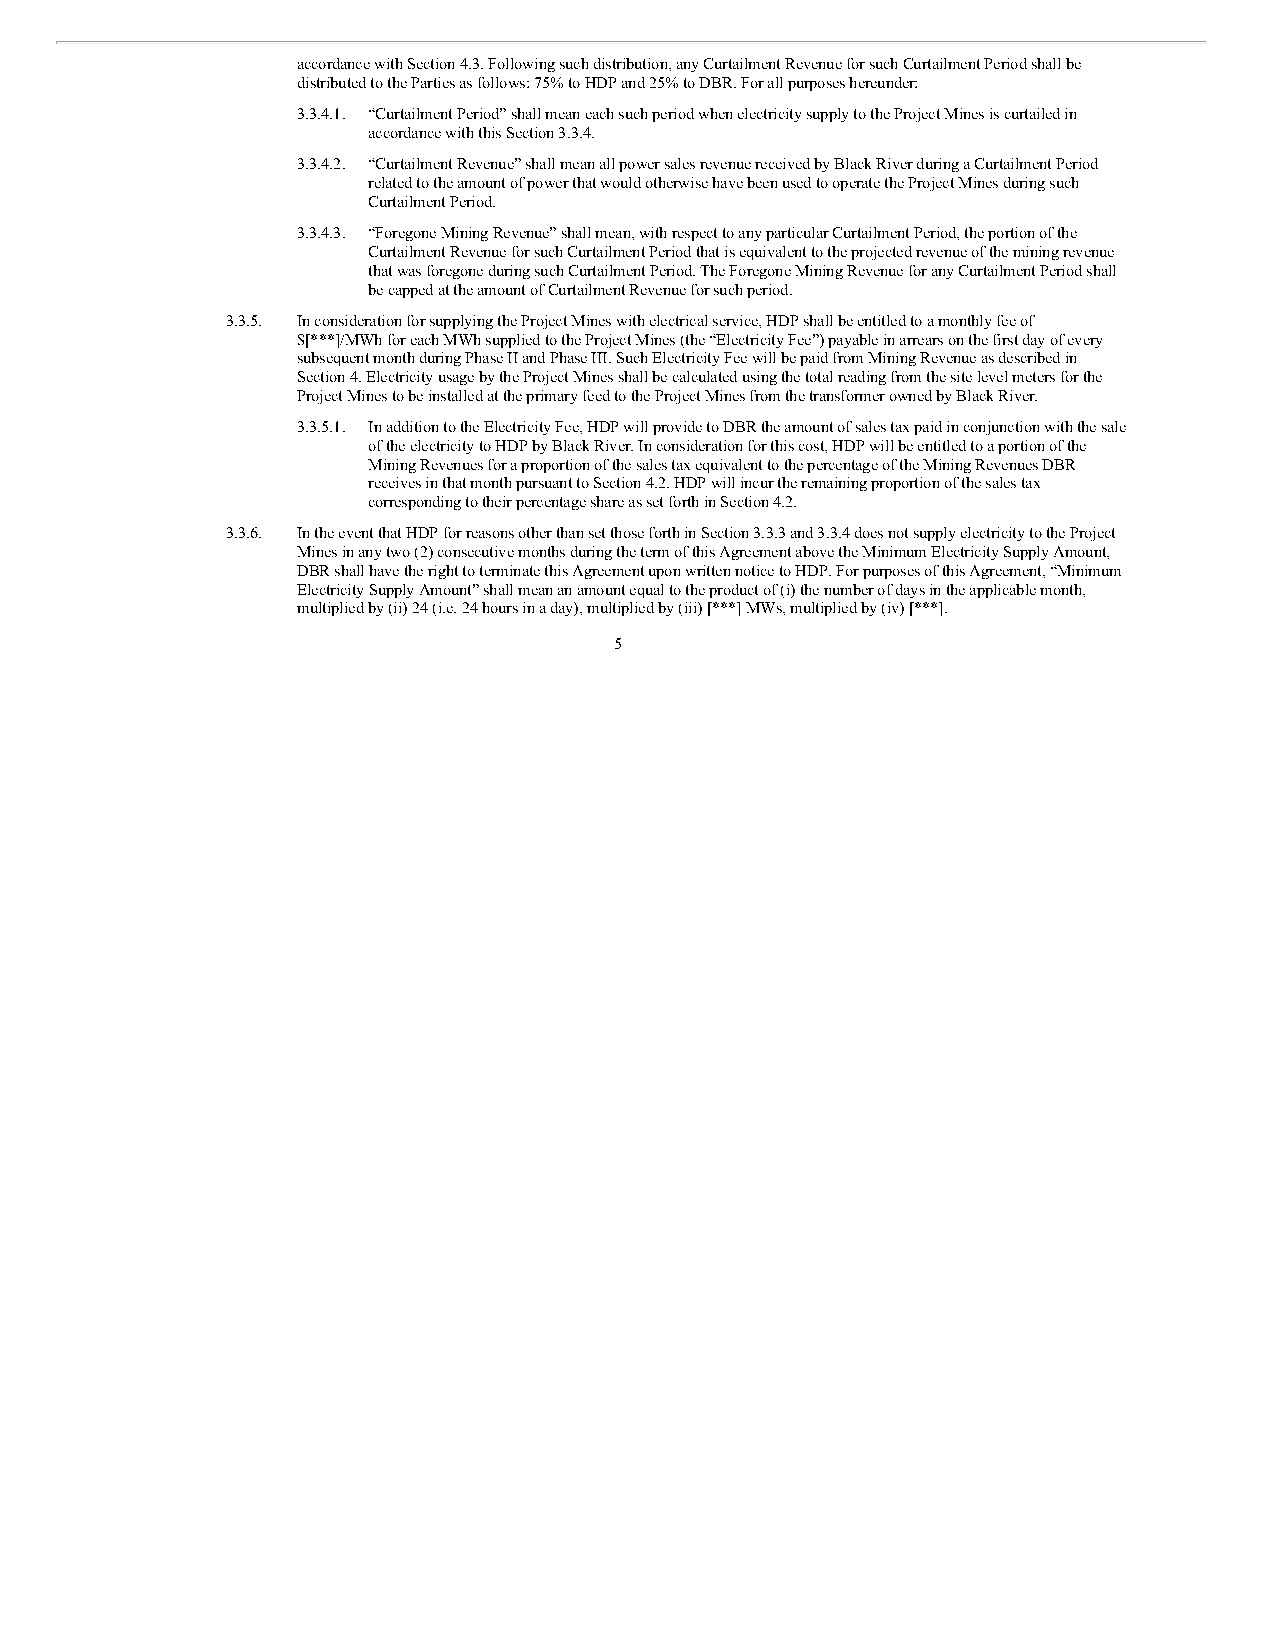
accordance with Section 4.3. Following such distribution, any Curtailment Revenue for such Curtailment Period shall be
 distributed to the Parties as follows: 75% to HDP and 25% to DBR. For all purposes hereunder:
 3.3.4.1. “Curtailment Period” shall mean each such period when electricity supply to the Project Mines is curtailed in
 accordance with this Section 3.3.4.
 3.3.4.2. “Curtailment Revenue” shall mean all power sales revenue received by Black River during a Curtailment Period
 related to the amount of power that would otherwise have been used to operate the Project Mines during such
 Curtailment Period.
 3.3.4.3. “Foregone Mining Revenue” shall mean, with respect to any particular Curtailment Period, the portion of the
 Curtailment Revenue for such Curtailment Period that is equivalent to the projected revenue of the mining revenue
 that was foregone during such Curtailment Period. The Foregone Mining Revenue for any Curtailment Period shall
 be capped at the amount of Curtailment Revenue for such period.
 3.3.5. In consideration for supplying the Project Mines with electrical service, HDP shall be entitled to a monthly fee of
 $[***]/MWh for each MWh supplied to the Project Mines (the “Electricity Fee”) payable in arrears on the first day of every
 subsequent month during Phase II and Phase III. Such Electricity Fee will be paid from Mining Revenue as described in
 Section 4. Electricity usage by the Project Mines shall be calculated using the total reading from the site level meters for the
 Project Mines to be installed at the primary feed to the Project Mines from the transformer owned by Black River.
 3.3.5.1. In addition to the Electricity Fee, HDP will provide to DBR the amount of sales tax paid in conjunction with the sale
 of the electricity to HDP by Black River. In consideration for this cost, HDP will be entitled to a portion of the
 Mining Revenues for a proportion of the sales tax equivalent to the percentage of the Mining Revenues DBR
 receives in that month pursuant to Section 4.2. HDP will incur the remaining proportion of the sales tax
 corresponding to their percentage share as set forth in Section 4.2.
 3.3.6. In the event that HDP for reasons other than set those forth in Section 3.3.3 and 3.3.4 does not supply electricity to the Project
 Mines in any two (2) consecutive months during the term of this Agreement above the Minimum Electricity Supply Amount,
 DBR shall have the right to terminate this Agreement upon written notice to HDP. For purposes of this Agreement, “Minimum
 Electricity Supply Amount” shall mean an amount equal to the product of (i) the number of days in the applicable month,
 multiplied by (ii) 24 (i.e. 24 hours in a day), multiplied by (iii) [***] MWs, multiplied by (iv) [***].
 5